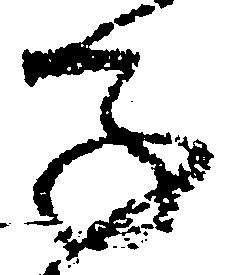
子